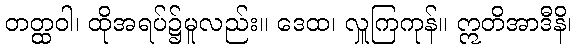
တတ္ထဝါ၊ ထိုအရပ်၌မူလည်း။ ဒေထ၊ လှူကြကုန်။ ဣတိအာဒီနိ၊